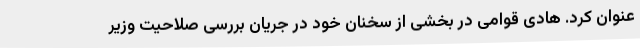
عنوان کرد. هادی قوامی در بخشی از سخنان خود در جریان بررسی صلاحیت وزیر